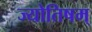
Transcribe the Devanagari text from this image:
ज्योतिषम्